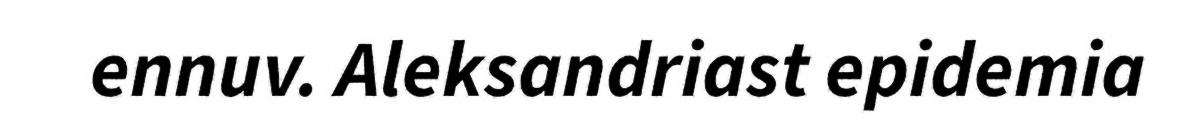
ennuv. Aleksandriast epidemia